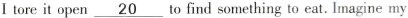
I tore it open \underline{20} to find something to eat. Imagine my